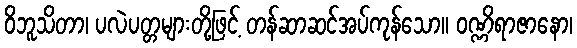
ဝိဘူသိတာ၊ ပလဲပတ္တများတို့ဖြင့် တန်ဆာဆင်အပ်ကုန်သော။ ဝဏ္ဏိရာဇာနော၊